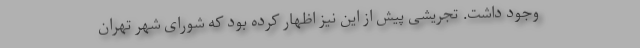
وجود داشت. تجریشی پیش از این نیز اظهار کرده بود که شورای شهر تهران